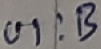
Text: UI:B